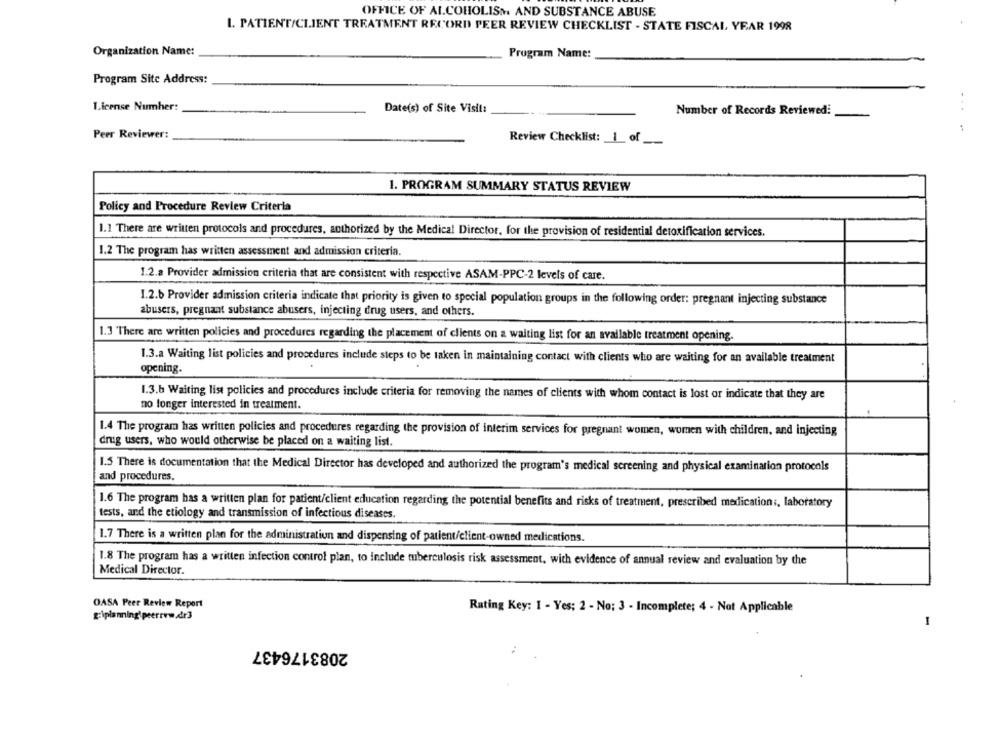
OFFICE OF ALCOHOLISM AND SUBSTANCE ABUSE
I. PATIENT/CLIENT TREATMENT RECORD PEER REVIEW CHECKLIST - STATE FISCAL YEAR 1998
Organization Name:
Program Name:
Program Site Address:
License Number:
Date(s) of Site Visit:
Number of Records Reviewed:
.. .
Peer Reviewer:
Review Checklist: 1 of
1. PROGRAM SUMMARY STATUS REVIEW
Policy and Procedure Review Criteria
1.1 There are written protocols and procedures, authorized by the Medical Director, for the provision of residential detoxification services.
1.2 The program has written assessment and admission criteria.
1.2.a Provider admission criteria that are consistent with respective ASAM-PPC-2 levels of care.
1.2.6 Provider admission criteria indicate that priority is given to special population groups in the following order: pregnant injecting substance
abusers, pregnant substance abusers, injecting drug users, and others.
1.3 There are written policies and procedures regarding the placement of clients on a waiting list for an available treatment opening.
1.3.a Waiting list policies and procedures include steps to be taken in maintaining contact with clients who are waiting for an available treatment
opening.
1.3.b Waiting list policies and procedures include criteria for removing the names of clients with whom contact is lost or indicate that they are
no longer interested in treatment.
1.4 The program has written policies and procedures regarding the provision of interim services for pregnant women, women with children, and injecting
dnig users, who would otherwise be placed on a waiting list.
1.5 There is documentation that the Medical Director has developed and authorized the program's medical screening and physical examination protocols
and procedures.
1.6 The program has a written plan for patient/client education regarding the potential benefits and risks of treatment, prescribed medication :, laboratory
tests, and the etiology and transmission of infectious diseases.
1.7 There is a written plan for the administration and dispensing of patient/client-owned medications.
1.8 The program has a written infection control plan, to include tuberculosis risk assessment, with evidence of annual review and evaluation by the
Medical Director.
OASA Peer Review Report
Rating Key: 1 - Yes: 2 - No: 3 - Incomplete; 4 - Not Applicable
g:\planning peerrww.dr3
1
2083176437